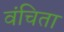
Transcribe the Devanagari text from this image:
वंचिता